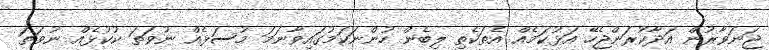
ޖަނަވާރުން އަދާކުރަންޖެހޭ އަޅުކަމެއް އެތަކެތި ލިބެން ހުންނަކަމުގައިވާނަމަ މުސަޅެއް ނުވަތަ ކުކުޅެއް ނުވަތަ